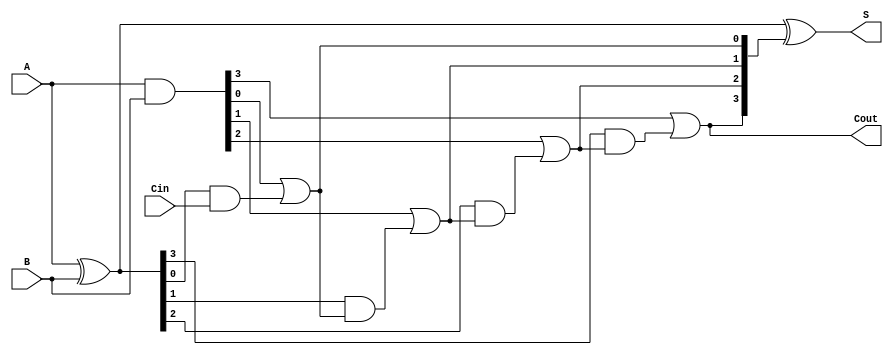
module RCLA #(parameter n = 4) (
    input [n-1:0] A,      // n-bit input A
    input [n-1:0] B,      // n-bit input B
    input Cin,            // Carry-in
    output [n-1:0] S,     // n-bit sum output
    output Cout           // Carry-out
);

    // Generate and Propagate signals
    wire [n-1:0] G;       // Generate signals
    wire [n-1:0] P;       // Propagate signals
    wire [n:0] C;         // Carry signals

    // Generate and Propagate calculations
    assign G = A & B;     // G[i] = A[i] & B[i]
    assign P = A ^ B;     // P[i] = A[i] ^ B[i]

    // Carry generation
    assign C[0] = Cin;    // C[0] = Cin
    genvar i;
    generate
        for (i = 0; i < n; i = i + 1) begin : carry_gen
            assign C[i + 1] = G[i] | (P[i] & C[i]);
        end
    endgenerate

    // Sum calculation
    assign S = P ^ C[n:1]; // S[i] = P[i] ^ C[i+1]

    // Carry-out
    assign Cout = C[n];    // Cout = C[n]

endmodule